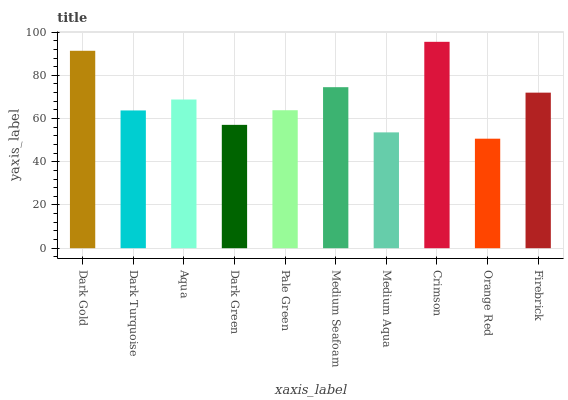
| xaxis_label | bars |
 | --- | --- |
 | Dark Gold | 91.3 |
 | Dark Turquoise | 63.7 |
 | Aqua | 68.8 |
 | Dark Green | 57.1 |
 | Pale Green | 63.8 |
 | Medium Seafoam | 74.5 |
 | Medium Aqua | 53.6 |
 | Crimson | 95.5 |
 | Orange Red | 50.7 |
 | Firebrick | 72 |